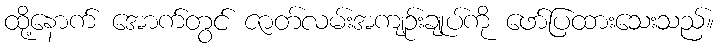
ထို့နောက် အောက်တွင် ဇာတ်လမ်းအကျဉ်းချုပ်ကို ဖော်ပြထားသေးသည်။